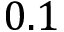
0 . 1